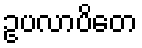
ဥပလာပိတေ